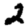
Digit: 2